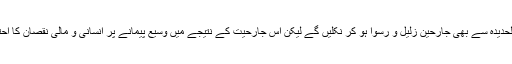
یہ ایک واضح حقیقت ہے کہ مشرق وسطیٰ کے دیگر مناطق کی طرح الحدیدہ سے بھی جارحین زلیل و رسوا ہو کر نکلیں گے لیکن اس جارحیت کے نتیجے میں وسیع پیمانے پر انسانی و مالی نقصان کا احتمال ہے جس کے تدارک کے لئے عالمی برادری کو سامنے آنا چاہیے۔